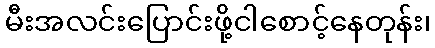
မီးအလင်းပြောင်းဖို့ငါစောင့်နေတုန်း၊